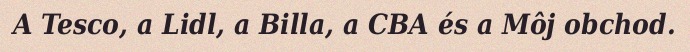
A Tesco, a Lidl, a Billa, a CBA és a Môj obchod.